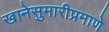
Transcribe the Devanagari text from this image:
खानेसुमारीप्रमाणे